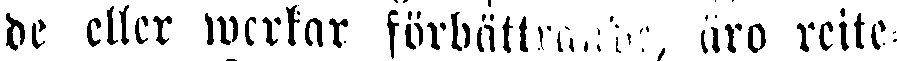
de eller werkar förbättrande, äro reite-